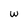
Character: w